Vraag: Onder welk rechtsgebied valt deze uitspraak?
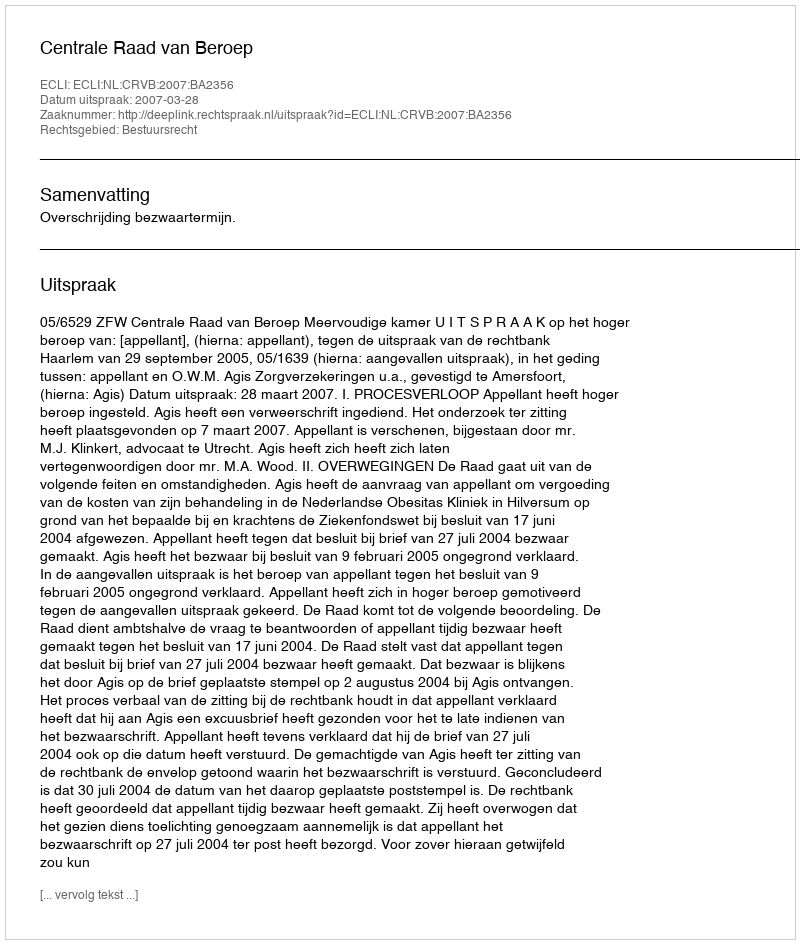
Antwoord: Bestuursrecht